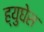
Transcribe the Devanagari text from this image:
ह्युघेस